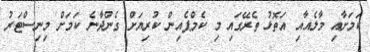
ކަމަށާއި މާލެއާއި އަތޮޅު ތެރޭގައި މި ކެމްޕެއިން ކުރިޔަށް ގެންދާނެ ކަމަށް މިނިސްޓަރު